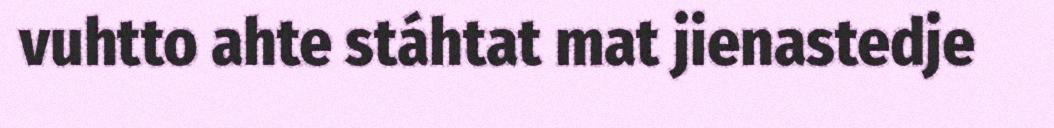
vuhtto ahte stáhtat mat jienastedje